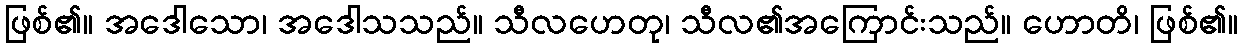
ဖြစ်၏။ အဒေါသော၊ အဒေါသသည်။ သီလဟေတု၊ သီလ၏အကြောင်းသည်။ ဟောတိ၊ ဖြစ်၏။